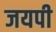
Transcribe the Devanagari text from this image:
जयपी